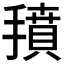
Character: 𱠱